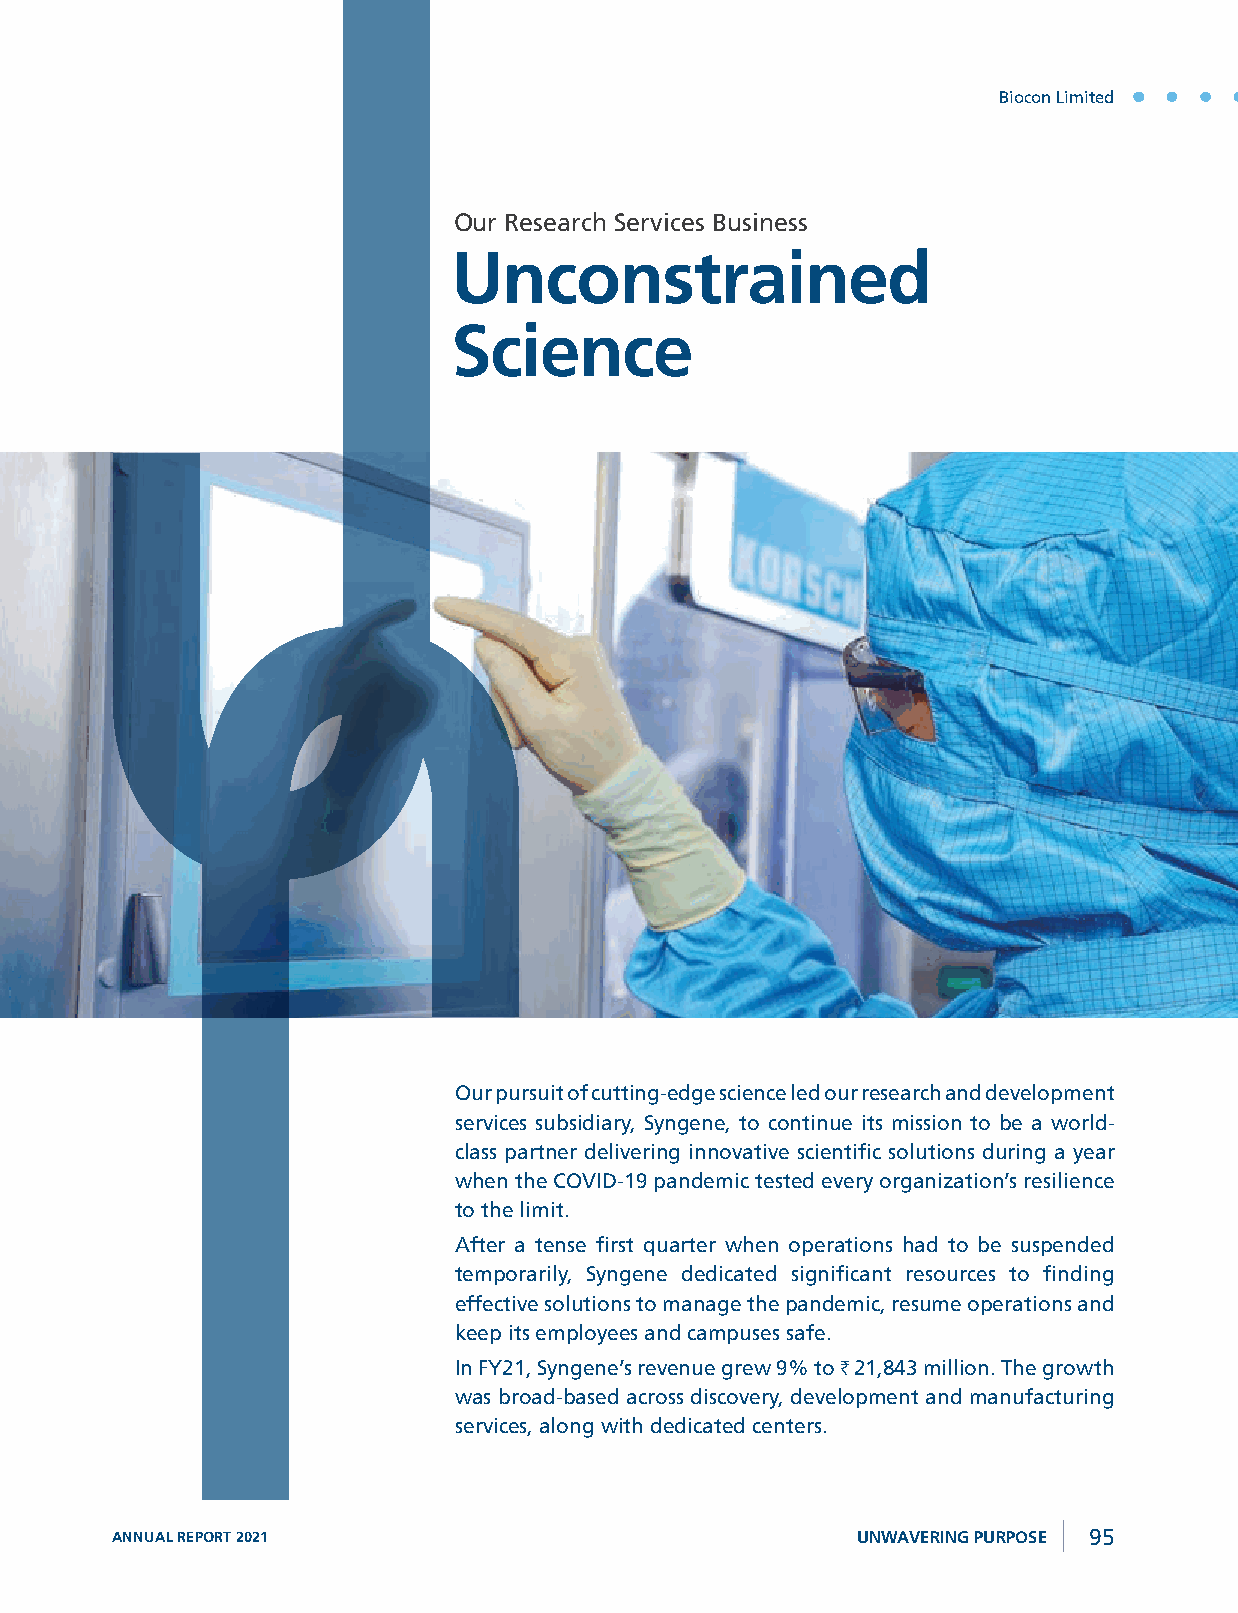
Biocon Limited
 Our Research Services Business
 Unconstrained
 Science
 Our pursuit of cutting-edge science led our research and development
 services subsidiary, Syngene, to continue its mission to be a world-
 class partner delivering innovative scientific solutions during a year
 when the COVID-19 pandemic tested every organization’s resilience
 to the limit.
 After a tense first quarter when operations had to be suspended
 Managing Director and CEO,
 temporarily, Syngene dedicated significant resources to finding
 Syngene International Limited effective solutions to manage the pandemic, resume operations and
 keep its employees and campuses safe.
 In FY21, Syngene’s revenue grew 9% to H 21,843 million. The growth
 was broad-based across discovery, development and manufacturing
 services, along with dedicated centers.
 ANNUAL REPORT 2021                                UNWAVERING PURPOSE 95